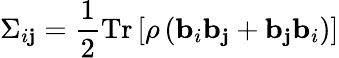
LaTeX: \Sigma_{i\mathbf{j}}=\frac{{1}}{{2}}\operatorname{Tr}\left[\rho\left({\mathbf{{b}}}_{i}{\mathbf{{b}}}_{\mathbf{j}}+{\mathbf{{b}}}_{\mathbf{j}}{\mathbf{{b}}}_{i}\right)\right]